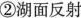
②湖面反射